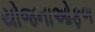
યોજનાઓફળ